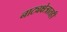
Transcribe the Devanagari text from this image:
नाट्यक्षेत्रातही